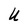
Character: U